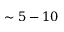
\sim 5 - 1 0